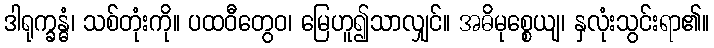
ဒါရုက္ခန္ဓံ၊ သစ်တုံးကို။ ပထဝီတွေဝ၊ မြေဟူ၍သာလျှင်။ အဓိမုစ္စေယျ၊ နှလုံးသွင်းရာ၏။